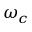
\omega _ { c }